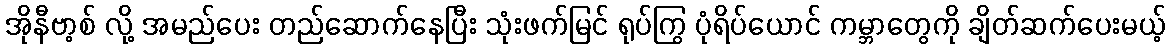
အိုနီဗာ့စ် လို့ အမည်ပေး တည်ဆောက်နေပြီး သုံးဖက်မြင် ရုပ်ကြွ ပုံရိပ်ယောင် ကမ္ဘာတွေကို ချိတ်ဆက်ပေးမယ့်